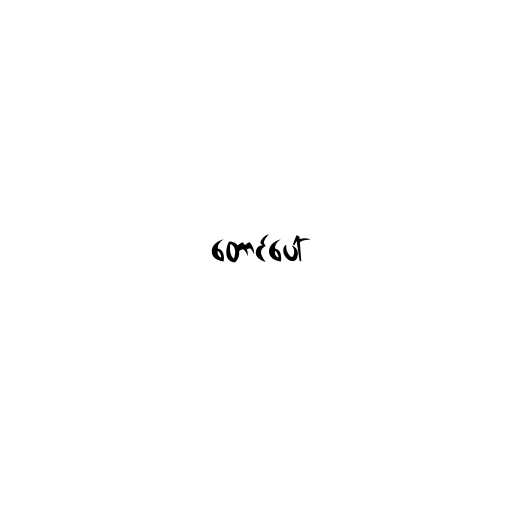
တောင်ပေါ်